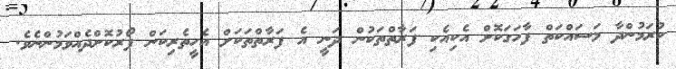
ކުރަމުންދާ މަސައްކަތް ފާހަަގަކޮށް އެކިއެކި ފަރާތްތަކުން ދަނީ އެ ފަރާތްތަކަށް އެހީތެރިކަން ފޯރުކޮށްދެއްވަމުންނެވެ.